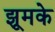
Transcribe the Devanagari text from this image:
झूमके